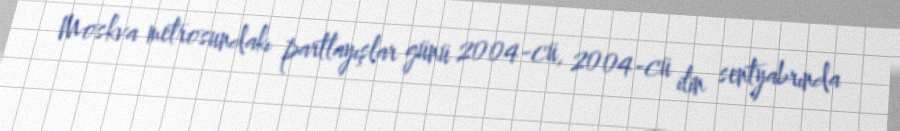
Moskva metrosundakı partlayışlar günü 2004-cü, 2004-cü ilin sentyabrında